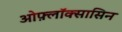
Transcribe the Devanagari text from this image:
ओफ़्लॉक्सासिन